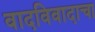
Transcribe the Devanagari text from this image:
वादविवादाचा